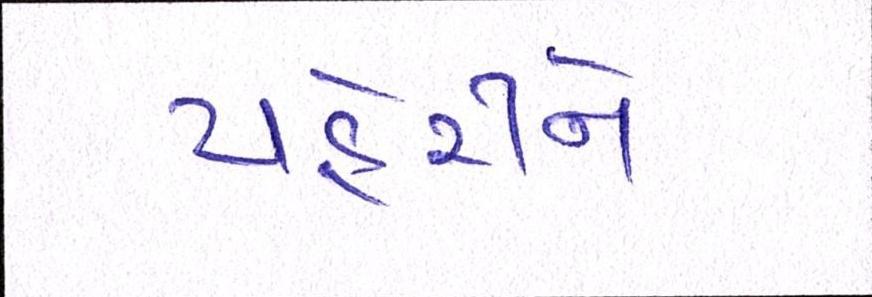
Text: પહેરીને